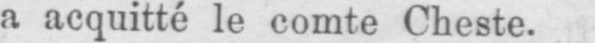
a acquitté le comte Cheste.